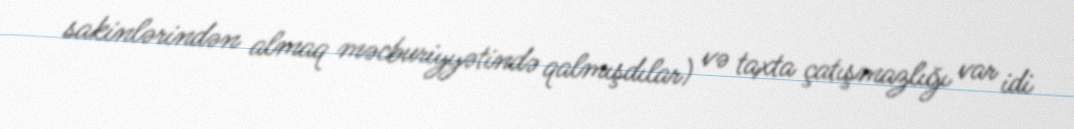
sakinlərindən almaq məcburiyyətində qalmışdılar) və taxta çatışmazlığı var idi